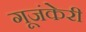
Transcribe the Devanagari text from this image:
गूजंकेरी